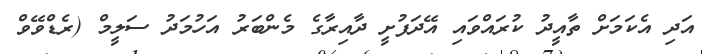
އަދި އެކަމަށް ތާއީދު ކުރައްވައި އޭދަފުށީ ދާއިރާގެ މެންބަރު އަހުމަދު ސަލީމް (ރެޑްވޭވް